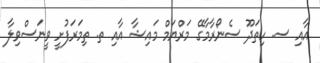
އާއި ސ. ހިތަދޫ ސެނޯރާމާގޭ މަރްޔަމް މައިޝާ އާއި ތ. ތިމަރަފުށީ ވީނަސްވިލާ